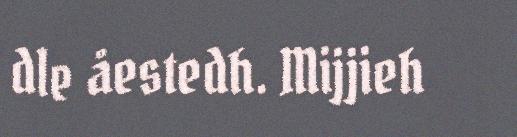
dle åestedh. Mijjieh